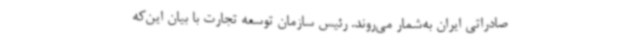
صادراتی ایران به‌شمار می‌روند. رئیس سازمان توسعه تجارت با بیان این‌که